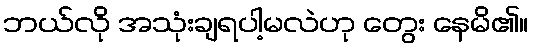
ဘယ်လို အသုံးချရပါ့မလဲဟု တွေး နေမိ၏။